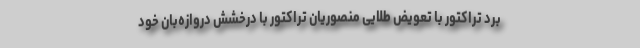
برد تراکتور با تعویض طلایی منصوریان تراکتور با درخشش دروازه‌بان خود